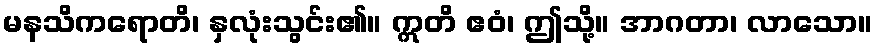
မနသိကရောတိ၊ နှလုံးသွင်း၏။ ဣတိ ဧဝံ၊ ဤသို့။ အာဂတာ၊ လာသော။